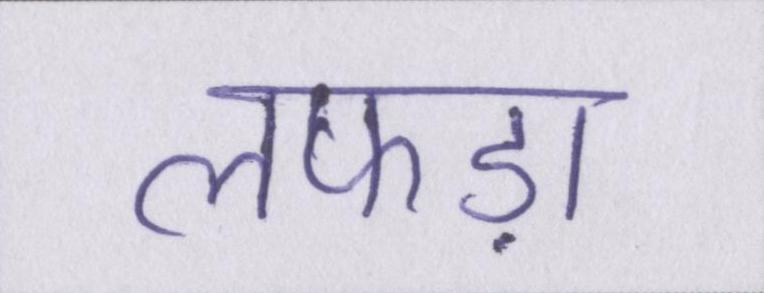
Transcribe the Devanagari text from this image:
लफड़ा